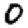
Digit: 0